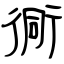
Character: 衕